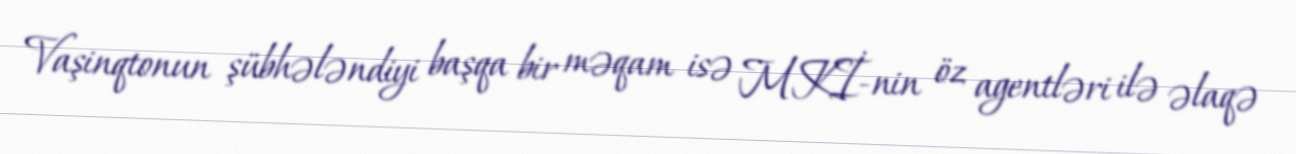
Vaşinqtonun şübhələndiyi başqa bir məqam isə MKİ-nin öz agentləri ilə əlaqə